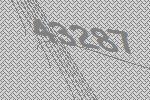
43287